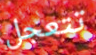
تتعجل